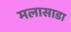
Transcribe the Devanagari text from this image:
मलासाडा